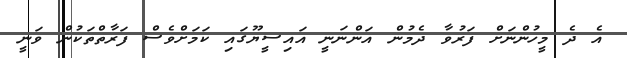
އެ ދެ މީހުންނަށް ފަރުވާ ދެމުން އަންނަނީ އައިސީޔޫގައި ކަމަށްވެސް ފަރާތްތަކުން ވަނީ